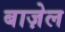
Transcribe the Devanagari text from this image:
बाज़ेल